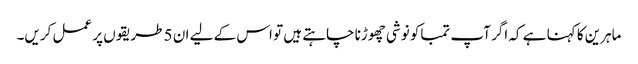
ماہرین کا کہنا ہے کہ اگر آپ تمباکو نوشی چھوڑنا چاہتے ہیں تو اس کے لیے ان 5 طریقوں پر عمل کریں۔